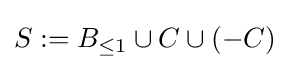
S:=B_{\leq 1}\cup C\cup (-C)